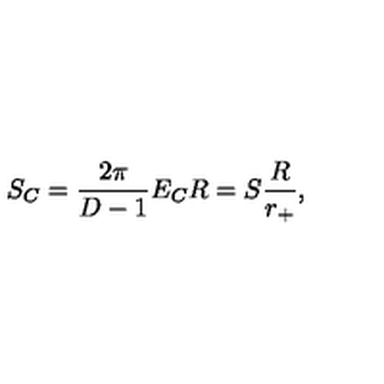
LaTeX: S _ { C } = \frac { 2 \pi } { D - 1 } E _ { C } R = S \frac { R } { r _ { + } } ,